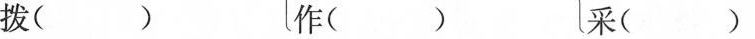
拨( ) [作( 采()